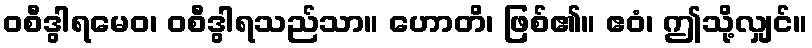
ဝစီဒွါရမေဝ၊ ဝစီဒွါရသည်သာ။ ဟောတိ၊ ဖြစ်၏။ ဧဝံ၊ ဤသို့လျှင်။